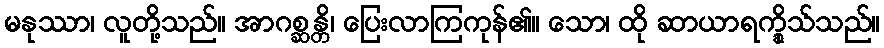
မနုဿာ၊ လူတို့သည်။ အာဂစ္ဆန္တိ၊ ပြေးလာကြကုန်၏။ သော၊ ထို ဆာယာရက္ခိုသ်သည်။